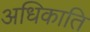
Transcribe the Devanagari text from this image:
अधिकाति